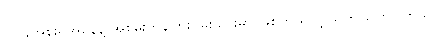
ဂျပန်အစိုးရအနေနဲ့ အစွမ်းကုန်ကြိုးပမ်းသွားမှာ ဖြစ်တယ်လို့ သူက ပြောပါတယ်။